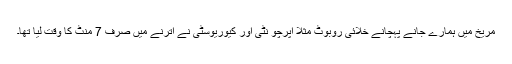
مریخ میں ہمارے جانے پہچانے خلائی روبوٹ مثلاً اپرچو نٹی اور کیوریوسٹی نے اترنے میں صرف 7 منٹ کا وقت لیا تھا۔